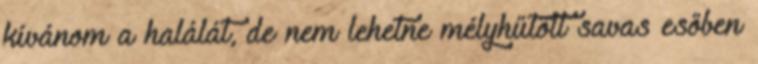
kívánom a halálát, de nem lehetne mélyhűtött savas esőben